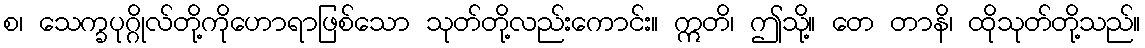
စ၊ သေက္ခပုဂ္ဂိုလ်တို့ကိုဟောရာဖြစ်သော သုတ်တို့လည်းကောင်း။ ဣတိ၊ ဤသို့။ တေ တာနိ၊ ထိုသုတ်တို့သည်။